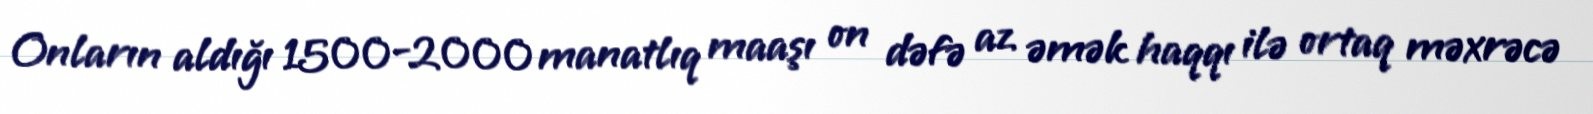
Onların aldığı 1500-2000 manatlıq maaşı on dəfə az əmək haqqı ilə ortaq məxrəcə